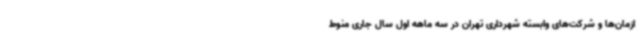
ازمان‌ها و شرکت‌های وابسته شهرداری تهران در سه ماهه اول سال جاری منوط